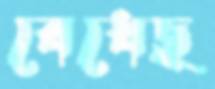
বেধেছ